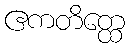
ဧကတိတ္ထေ